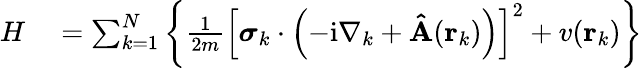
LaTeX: \begin{array}{rl}{H}&{{}=\sum_{k=1}^{N}\left\{ \frac{1}{2m}\left[\boldsymbol{\sigma}_{k}\cdot\left(-\mathrm{i}\nabla_{k}+\mathbf{\hat{A}}(\mathbf{r}_{k})\right)\right]^{2}+v(\mathbf{r}_{k})\right\} }\end{array}